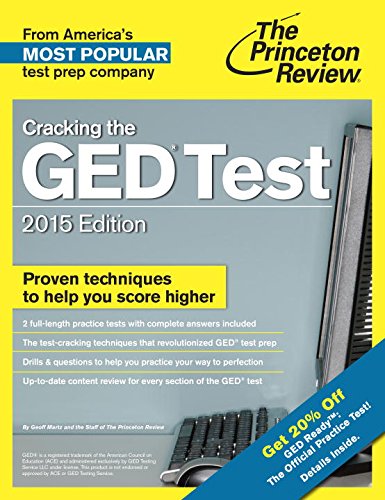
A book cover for Cracking the GED Test with 2 Practice Tests, 2015 Edition: Fully Updated for the New GED (College Test Preparation); Princeton Review; Test Preparation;